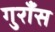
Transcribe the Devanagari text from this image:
गुराँस